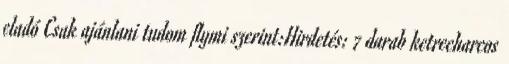
eladó Csak ajánlani tudom flymi szerint:Hirdetés: 7 darab ketrecharcos